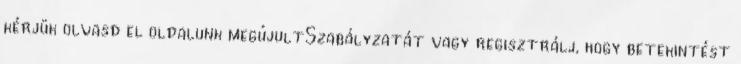
kérjük olvasd el oldalunk megújultSzabályzatát vagy regisztrálj, hogy betekintést